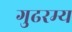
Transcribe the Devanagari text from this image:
गुढरम्य